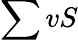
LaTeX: \sum vS